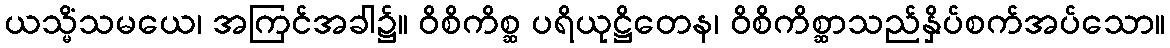
ယသ္မိံသမယေ၊ အကြင်အခါ၌။ ဝိစိကိစ္ဆ ပရိယုဋ္ဌိတေန၊ ဝိစိကိစ္ဆာသည်နှိပ်စက်အပ်သော။